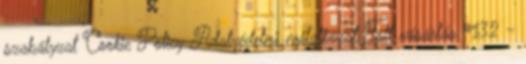
szabályzat Cookie Policy Adatvédelmi nyilatkozat Toll vásárlás #132 -